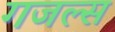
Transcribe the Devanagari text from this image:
गजल्स